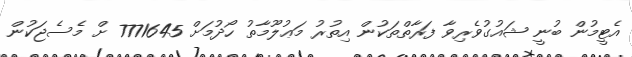
އެޓީމުން ބުނީ ޝައުގުވެރިވާ ފަރާތްތަކުން އިތުރު މަޢުލޫމާތު ހޯދުމަށް 7771645 ށް މެސެޖަކުން